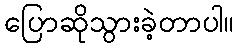
ပြောဆိုသွားခဲ့တာပါ။